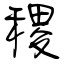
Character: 稷